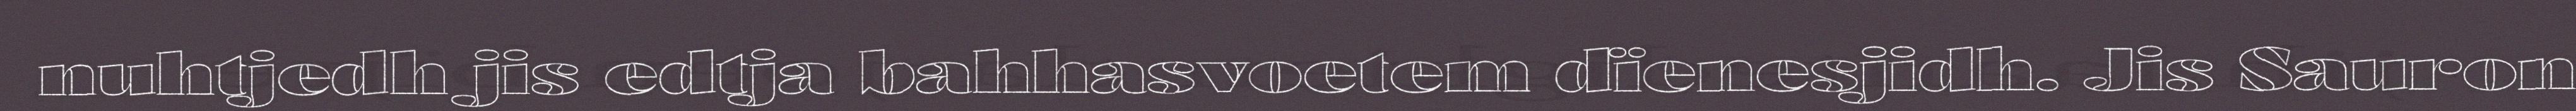
nuhtjedh jis edtja bahhasvoetem dïenesjidh. Jis Sauron